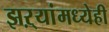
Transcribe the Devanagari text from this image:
झऱ्यांमध्येही